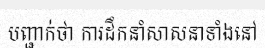
បញ្ជាក់ថា ការដឹកនាំសាសនាទាំងនៅ